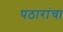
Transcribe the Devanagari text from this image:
पठारांचा